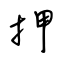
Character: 押